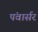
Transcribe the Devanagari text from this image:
पंवार्सर